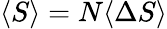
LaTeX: \langle S\rangle=N\langle\Delta S\rangle